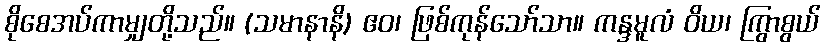
စိုစေအပ်ကာမျှတို့သည်။ (သမာနာနိ) ဧဝ၊ ဖြစ်ကုန်သော်သာ။ ကန္ဒမူလံ ဝိယ၊ ကြွာစွယ်